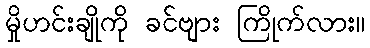
မှိုဟင်းချိုကို ခင်ဗျား ကြိုက်လား။